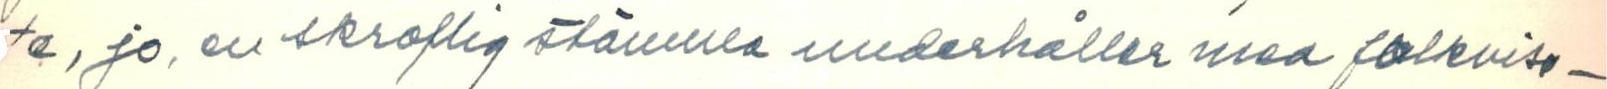
te, jo, en skroflig stämma underhåller med folkvisa-